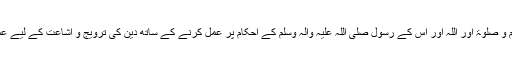
یہ خاندان پابندِ صوم و صلوٰۃ اور اللہ اور اس کے رسول صلی اللہ علیہ والہ وسلم کے اَحکام پر عمل کرنے کے ساتھ دین کی ترویج و اِشاعت کے لیے عملاً بھی کوشاں تھا۔